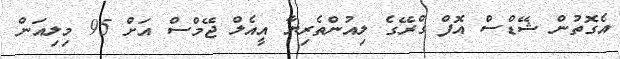
އެގޮތުން ޝޭޑްސް އޮފް ގްރޭގެ ލިއުންތެރިޔާ އީއެލް ޖޭމްސް އަށް 95 މިލިއަން